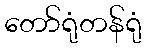
တော်ရုံတန်ရုံ